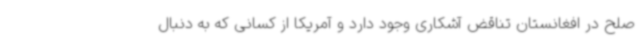
صلح در افغانستان تناقض آشکاری وجود دارد و آمریکا از کسانی که به دنبال